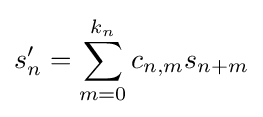
s'_{n}=\sum _{m=0}^{k_{n}}c_{n,m}s_{n+m}